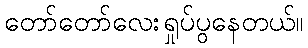
တော်တော်လေးရှုပ်ပွနေတယ်။